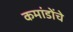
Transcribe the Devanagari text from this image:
कमांडोंचे